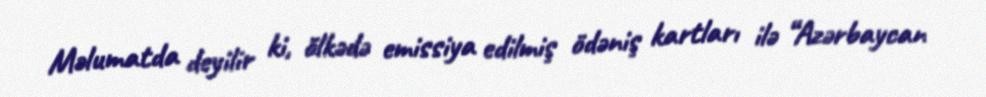
Məlumatda deyilir ki, ölkədə emissiya edilmiş ödəniş kartları ilə “Azərbaycan